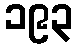
၁၉၃